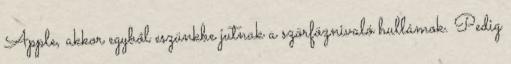
Apple, akkor egyből eszünkbe jutnak a szörföznivaló hullámok. Pedig